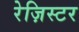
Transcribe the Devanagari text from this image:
रेज़िस्टर